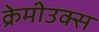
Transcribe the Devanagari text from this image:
क्रेमीउक्स